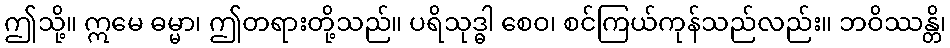
ဤသို့။ ဣမေ ဓမ္မာ၊ ဤတရားတို့သည်။ ပရိသုဒ္ဓါ စေဝ၊ စင်ကြယ်ကုန်သည်လည်း။ ဘဝိဿန္တိ၊